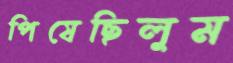
পিষেছিলুম